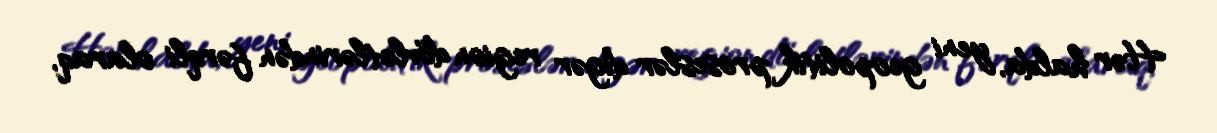
Hər halda, yeni geopolitik proseslər digər region dövlətlərindən fərqli olaraq,